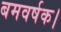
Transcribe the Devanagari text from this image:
बमवर्षक।